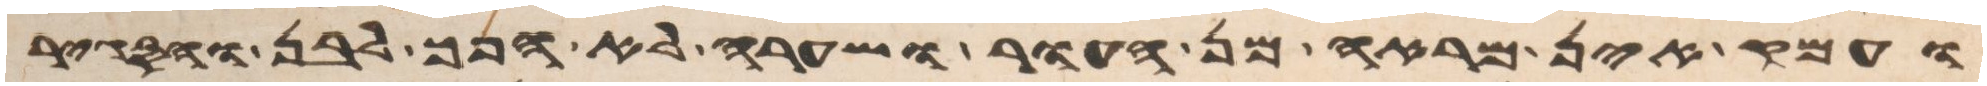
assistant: ועמק אין מראה מן העור ושערה לא הפך לבן והסגיר